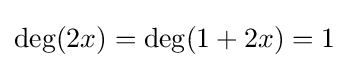
\deg(2x)=\deg(1+2x)=1